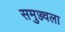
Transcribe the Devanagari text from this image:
समुज्ज्वला